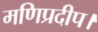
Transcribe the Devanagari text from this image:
मणिप्रदीप।